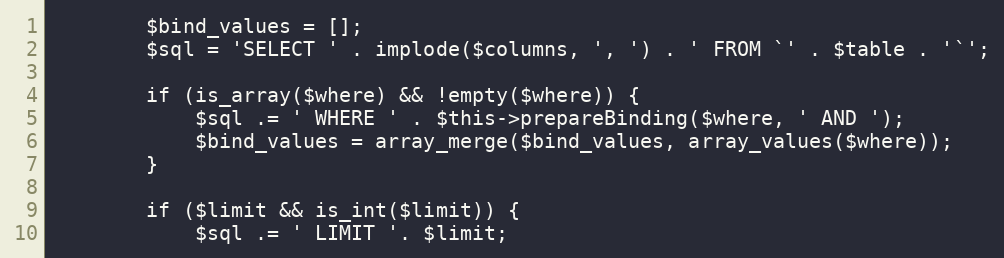
Language: PHP
        $bind_values = [];
        $sql = 'SELECT ' . implode($columns, ', ') . ' FROM `' . $table . '`';

        if (is_array($where) && !empty($where)) {
            $sql .= ' WHERE ' . $this->prepareBinding($where, ' AND ');
            $bind_values = array_merge($bind_values, array_values($where));
        }

        if ($limit && is_int($limit)) {
            $sql .= ' LIMIT '. $limit;